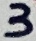
Text: 3